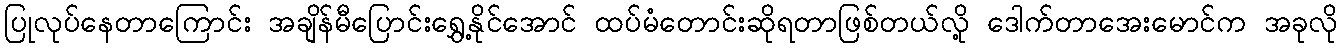
ပြုလုပ်နေတာကြောင်း အချိန်မီပြောင်းရွှေ့နိုင်အောင် ထပ်မံတောင်းဆိုရတာဖြစ်တယ်လို့ ဒေါက်တာအေးမောင်က အခုလို